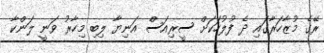
ރޭގެ މުޒާހަރާގައި ދެ ފުލުހަކަށް ސީރިއަސް އަނިޔާ ލިބި މިހާރު ވަނީ ލަންކާ